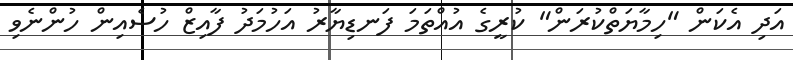
އަދި އެކަން "ހިމާޔަތްކުރަން" ކުރީގެ އުއްތަމަ ފަނޑިޔާރު އަހުމަދު ފާއިޒް ހުސެއިން ހުންނެވި